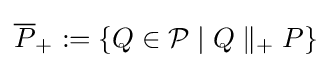
{\overline {P}}_{+}:=\left\{Q\in {\mathcal {P}}\mid Q\parallel _{+}P\right\}